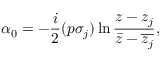
\alpha _ { 0 } = - \frac { i } { 2 } ( p \sigma _ { j } ) \ln \frac { z - z _ { j } } { \bar { z } - \overline { { z _ { j } } } } ,